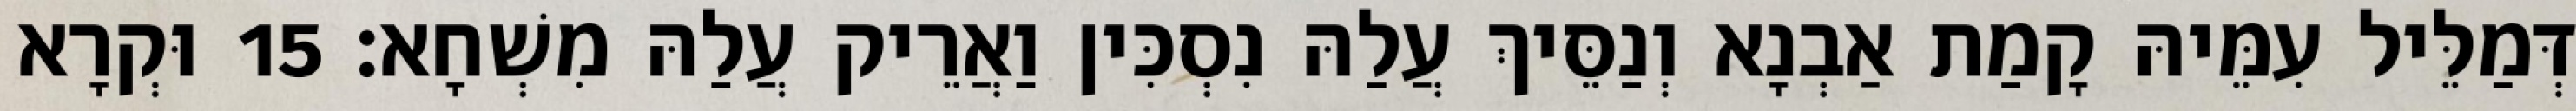
דְּמַלֵּיל עִמֵּיהּ קָמַת אַבְנָא וְנַסֵּיךְ עֲלַהּ נִסְכִּין וַאֲרֵיק עֲלַהּ מִשְׁחָא׃ 15 וּקְרָא